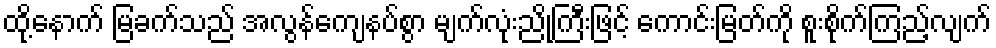
ထို့နောက် မြခက်သည် အလွန်ကျေနပ်စွာ မျက်လုံးညို့ကြီးဖြင့် ကောင်းမြတ်ကို စူးစိုက်ကြည့်လျက်